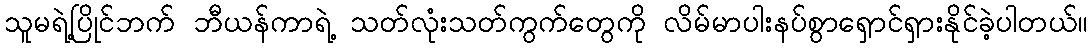
သူမရဲ့ပြိုင်ဘက် ဘီယန်ကာရဲ့ သတ်လုံးသတ်ကွက်တွေကို လိမ်မာပါးနပ်စွာရှောင်ရှားနိုင်ခဲ့ပါတယ်။